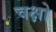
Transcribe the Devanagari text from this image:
चक्षो